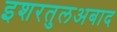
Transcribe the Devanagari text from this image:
इशरतुलअबाद